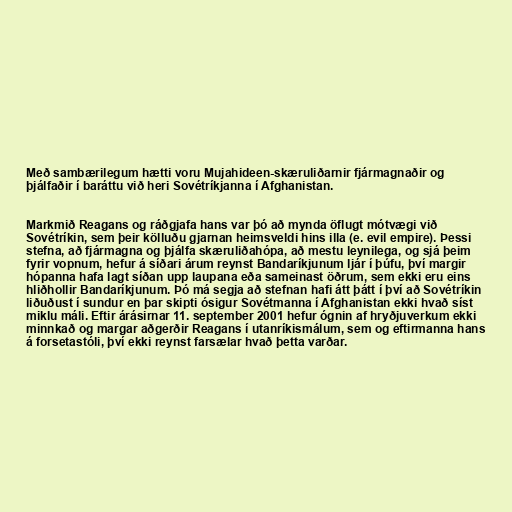
Með sambærilegum hætti voru Mujahideen-skæruliðarnir fjármagnaðir og
þjálfaðir í baráttu við heri Sovétríkjanna í Afghanistan.

Markmið Reagans og ráðgjafa hans var þó að mynda öflugt mótvægi við
Sovétríkin, sem þeir kölluðu gjarnan heimsveldi hins illa (e. evil empire). Þessi
stefna, að fjármagna og þjálfa skæruliðahópa, að mestu leynilega, og sjá þeim
fyrir vopnum, hefur á síðari árum reynst Bandaríkjunum ljár í þúfu, því margir
hópanna hafa lagt síðan upp laupana eða sameinast öðrum, sem ekki eru eins
hliðhollir Bandaríkjunum. Þó má segja að stefnan hafi átt þátt í því að Sovétríkin
liðuðust í sundur en þar skipti ósigur Sovétmanna í Afghanistan ekki hvað síst
miklu máli. Eftir árásirnar 11. september 2001 hefur ógnin af hryðjuverkum ekki
minnkað og margar aðgerðir Reagans í utanríkismálum, sem og eftirmanna hans
á forsetastóli, því ekki reynst farsælar hvað þetta varðar.